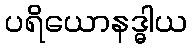
ပရိယောနဒ္ဓါယ